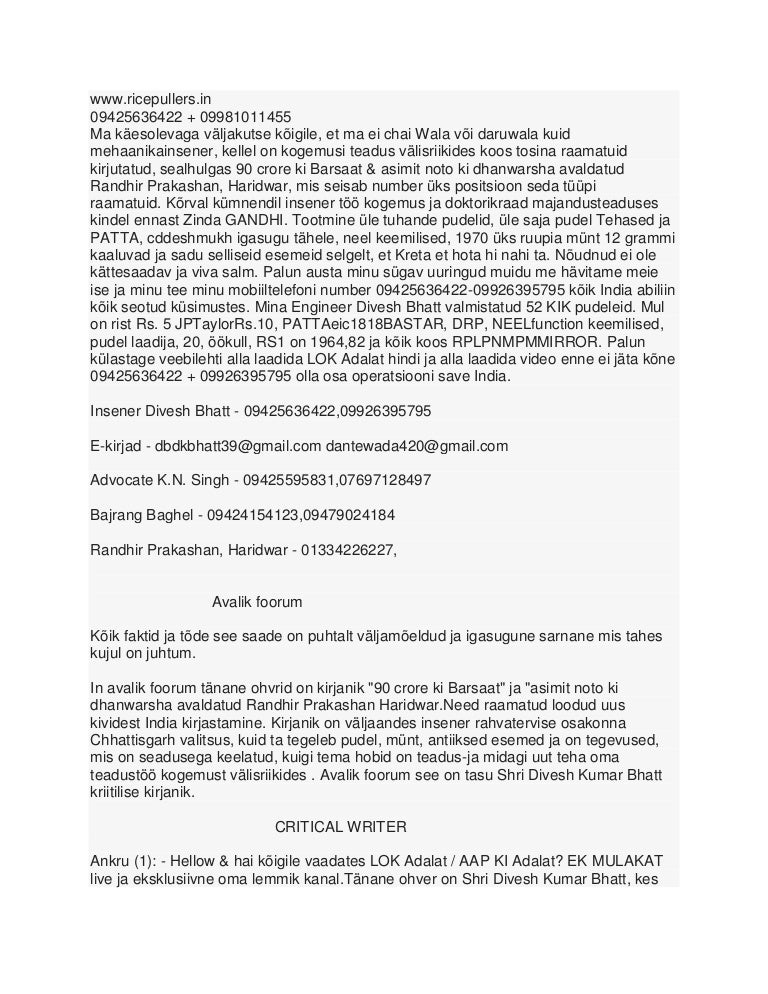
Language: et